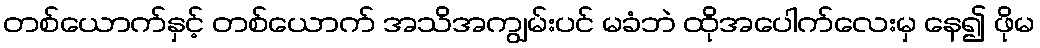
တစ်ယောက်နှင့် တစ်ယောက် အသိအကျွမ်းပင် မခံဘဲ ထိုအပေါက်လေးမှ နေ၍ ဖိုမ